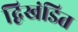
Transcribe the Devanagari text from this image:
द्विखंडित